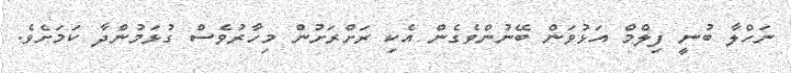
ނަހްލާ ބުނީ ފިލްމް އަޅުވަން ބޭނުންވެގެން އެކި ރަށްރަށުން މިހާރުވެސް ގުޅަމުންދާ ކަަމަށެވެ.